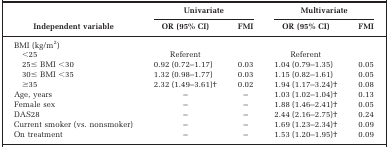
|  | <COLSPAN=2> Univariate | <COLSPAN=2> Multivariate |
 | Independent variable | OR (95% CI) | FMI | OR (95% CI) | FMI |
 | --- | --- | --- | --- | --- |
 | BMI (kg/m2) |  |  |  |  |
 | <25 | Referent |  | Referent |  |
 | 25≤ BMI <30 | 0.92 (0.72–1.17) | 0.03 | 1.04 (0.79–1.35) | 0.05 |
 | 30≤ BMI <35 | 1.32 (0.98–1.77) | 0.03 | 1.15 (0.82–1.61) | 0.05 |
 | ≥35 | 2.32 (1.49–3.61)† | 0.02 | 1.94 (1.17–3.24)† | 0.08 |
 | Age, years | – | – | 1.03 (1.02–1.04)† | 0.13 |
 | Female sex | – | – | 1.88 (1.46–2.41)† | 0.05 |
 | DAS28 | – | – | 2.44 (2.16–2.75)† | 0.24 |
 | Current smoker (vs. nonsmoker) | – | – | 1.69 (1.23–2.34)† | 0.09 |
 | On treatment | – | – | 1.53 (1.20–1.95)† | 0.09 |